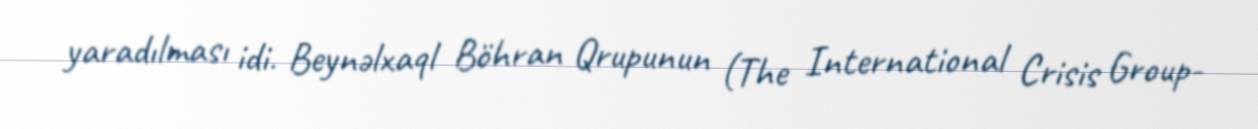
yaradılması idi. Beynəlxaql Böhran Qrupunun (The International Crisis Group-